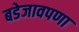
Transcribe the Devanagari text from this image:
बडेजावपणा